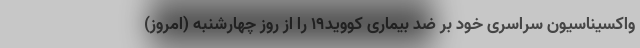
واکسیناسیون سراسری خود بر ضد بیماری کووید19 را از روز چهارشنبه (امروز)